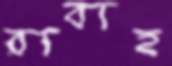
রাবাহ